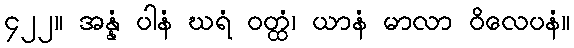
၄၂၂။ အန္နံ ပါနံ ဃရံ ဝတ္ထံ၊ ယာနံ မာလာ ဝိလေပနံ။